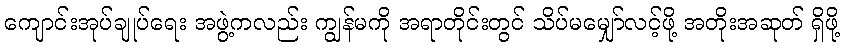
ကျောင်းအုပ်ချုပ်ရေး အဖွဲ့ကလည်း ကျွန်မကို အရာတိုင်းတွင် သိပ်မမျှော်လင့်ဖို့ အတိုးအဆုတ် ရှိဖို့